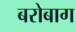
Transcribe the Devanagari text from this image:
बरोबाग